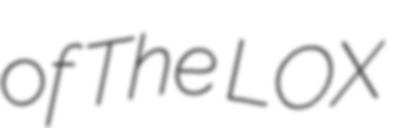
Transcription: of The LOX